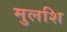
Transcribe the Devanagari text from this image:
मुलशि